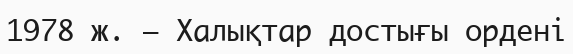
1978 ж. – Халықтар достығы ордені